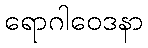
ရောဂါဝေဒနာ